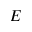
E